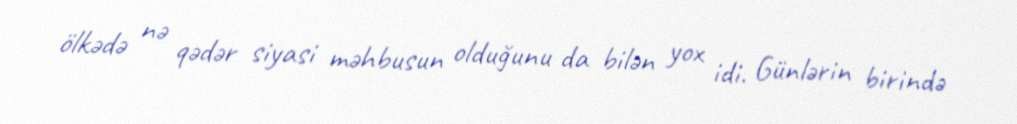
ölkədə nə qədər siyasi məhbusun olduğunu da bilən yox idi. Günlərin birində